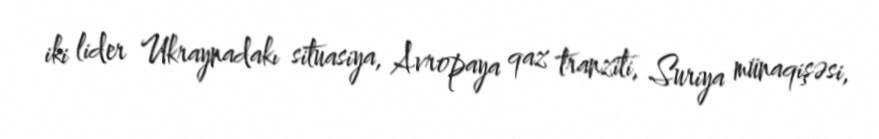
iki lider Ukraynadakı situasiya, Avropaya qaz tranziti, Suriya münaqişəsi,